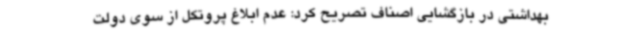
بهداشتی در بازگشایی اصناف تصریح کرد: عدم ابلاغ پروتکل از سوی دولت